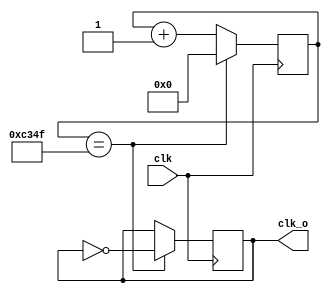
`timescale 1ns / 1ps
//////////////////////////////////////////////////////////////////////////////////
// Company: 
// Engineer: 
// 
// Design Name: 
// Module Name: divider
// Project Name: 
// Target Devices: 
// Tool Versions: 
// Description: 
// 
// Dependencies: 
// 
// Revision:
// Revision 0.01 - File Created
// Additional Comments:
// 
//////////////////////////////////////////////////////////////////////////////////


module divider(
    input wire clk,
    output reg clk_o = 2'b0
    );
    reg [31:0] cnt = 2'b0;
    
    always @ (posedge clk) begin
        if(cnt == 49999) begin
            clk_o <= ~clk_o;
            cnt <= 2'b0;
        end
        else begin
            cnt <= cnt + 2'b1;
        end
    end
endmodule